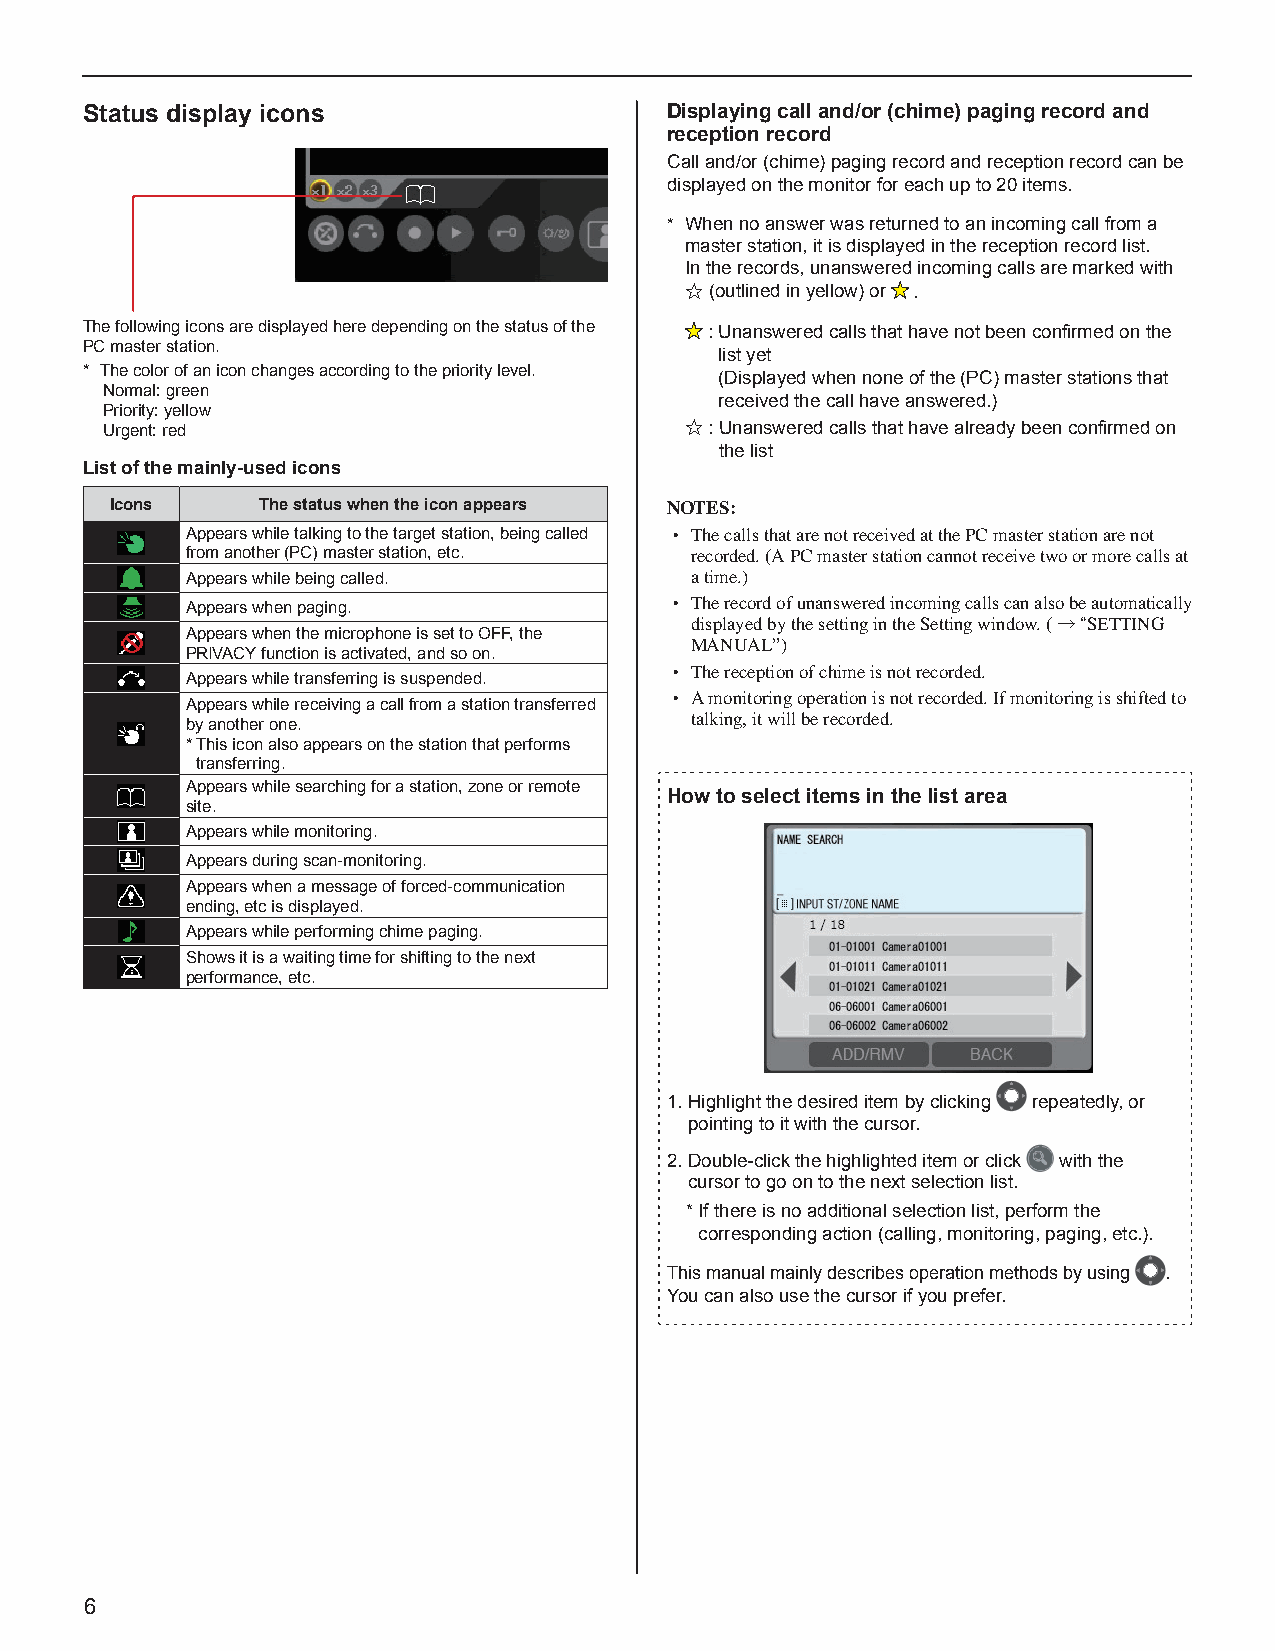
Status display icons                   Displaying call and/or (chime) paging record and
 reception record
 Call and/or (chime) paging record and reception record can be
 displayed on the monitor for each up to 20 items.
 * When no answer was returned to an incoming call from a
 master station, it is displayed in the reception record list.
 In the records, unanswered incoming calls are marked with
 ☆ (outlined in yellow) or .
 The following icons are displayed here depending on the status of the : U nanswered calls that have not been confi rmed on the
 PC master station.
 list yet
 * The color of an icon changes according to the priority level. (Displayed when none of the (PC) master stations that
 Normal: green
 received the call have answered.)
 Priority: yellow
 Urgent: red                           ☆: U nanswered calls that have already been confi rmed on
 the list
 List of the mainly-used icons
 Icons     The status when the icon appears NOTES:
 Appears while talking to the target station, being called • The calls that are not received at the PC master station are not
 from another (PC) master station, etc. recorded. (A PC master station cannot receive two or more calls at
 Appears while being called.       a time.)
 Appears when paging.             • The record of unanswered incoming calls can also be automatically
 displayed by the setting in the Setting window. (→“SETTING
 Appears when the microphone is set to OFF, the
 MANUAL”)
 PRIVACY function is activated, and so on.
 • The reception of chime is not recorded.
 Appears while transferring is suspended.
 Appears while receiving a call from a station transferred • A monitoring operation is not recorded. If monitoring is shifted to
 by another one.                   talking, it will be recorded.
 * This icon also appears on the station that performs
 transferring.
 Appears while searching for a station, zone or remote
 How to select items in the list area
 site.
 Appears while monitoring.
 Appears during scan-monitoring.
 Appears when a message of forced-communication
 ending, etc is displayed.
 Appears while performing chime paging.
 Shows it is a waiting time for shifting to the next
 performance, etc.
 1. H ighlight the desired item by clicking repeatedly, or
 pointing to it with the cursor.
 2. D ouble-click the highlighted item or click with the
 cursor to go on to the next selection list.
 * If there is no additional selection list, perform the
 corresponding action (calling, monitoring, paging, etc.).
 This manual mainly describes operation methods by using .
 You can also use the cursor if you prefer.
 6